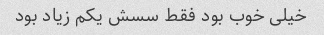
خیلی خوب بود فقط سسش یکم زیاد بود